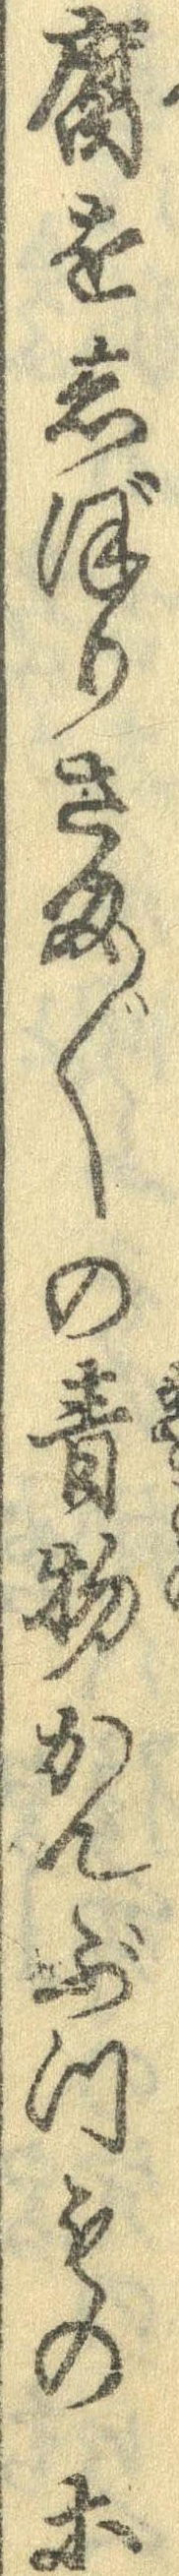
腐をしぼりさま〲の青物かんぶつもの等